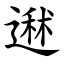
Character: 䢤